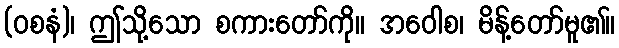
(ဝစနံ)၊ ဤသို့သော စကားတော်ကို။ အဝေါစ၊ မိန့်တော်မူ၏။